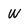
Character: w